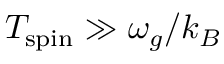
T _ { \mathrm { s p i n } } \gg \omega _ { g } / k _ { B }